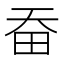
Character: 𤰳